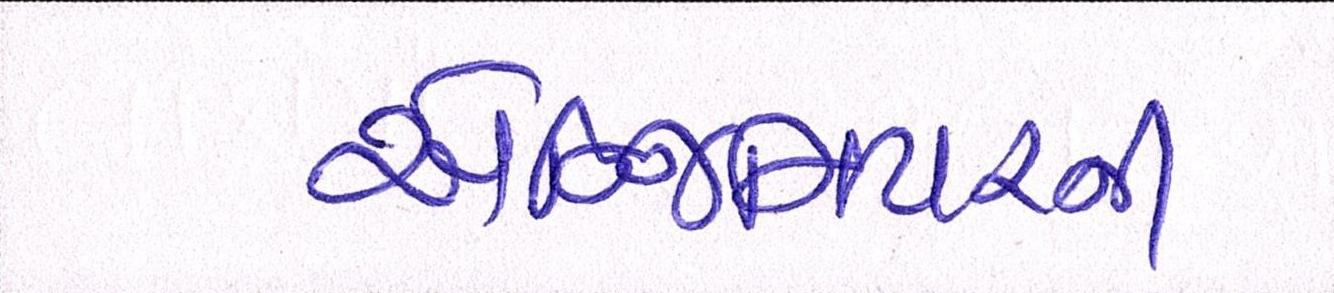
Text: એન્જિનિયરની